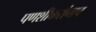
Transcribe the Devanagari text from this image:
पणशीकरांनाच